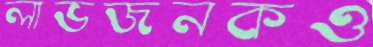
লাভজনকও